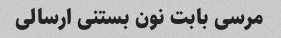
مرسی بابت نون بستنی ارسالی